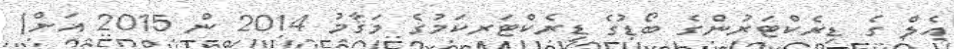
އެލް ގެ ޑިރެކްޓަރުންގެ ބޯޑުގެ ޑިރެކްޓަރކަމުގެ މަޤާމު 2014 ން 2015 އަށް)